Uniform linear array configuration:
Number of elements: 8
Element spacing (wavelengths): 0.5
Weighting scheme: binomial
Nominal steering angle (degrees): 30
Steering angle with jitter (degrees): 29.441
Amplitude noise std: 0.05
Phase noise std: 0.05

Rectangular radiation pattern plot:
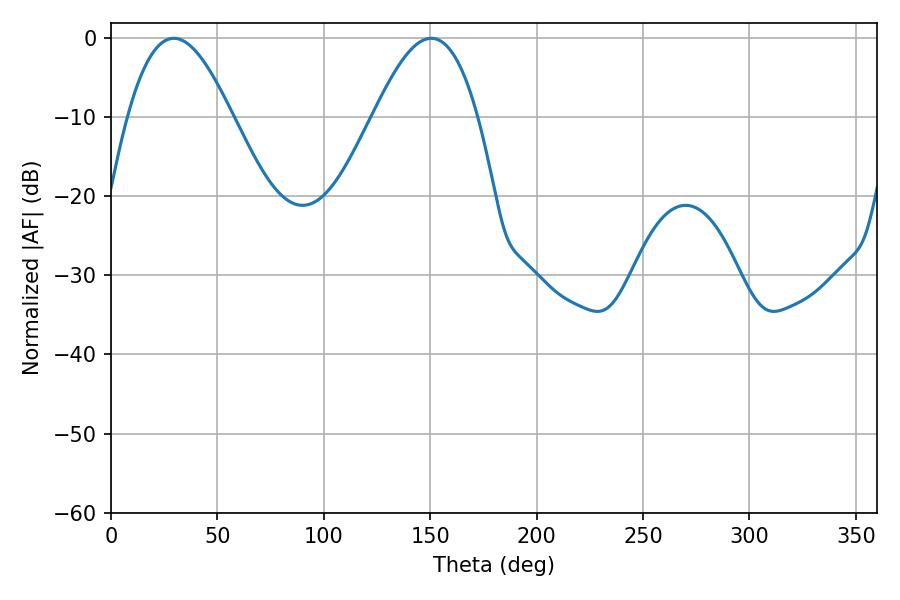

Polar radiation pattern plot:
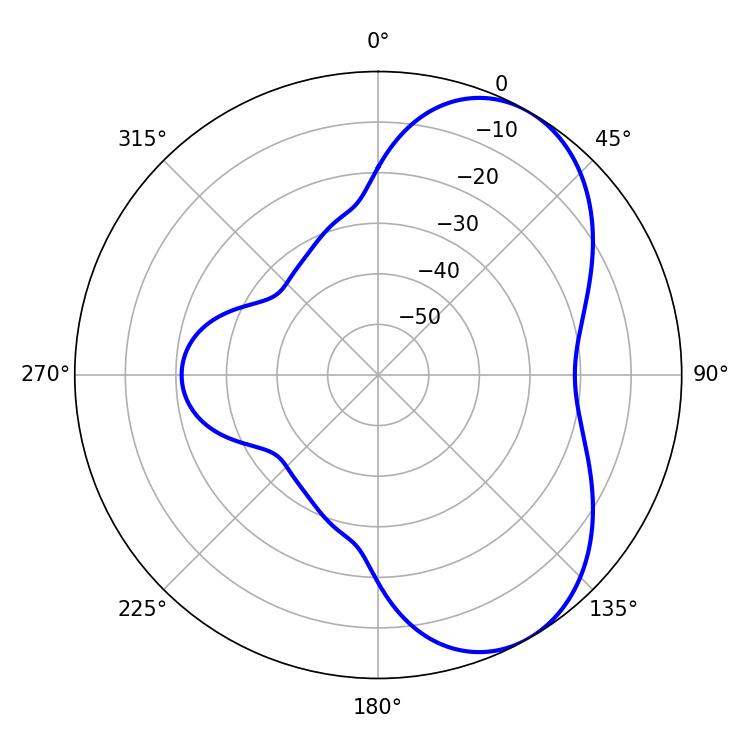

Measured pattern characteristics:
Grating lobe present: FALSE
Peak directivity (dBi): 5.852
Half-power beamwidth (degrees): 26.64
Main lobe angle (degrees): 29.52